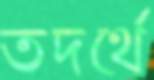
তদর্থে